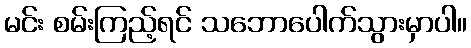
မင်း စမ်းကြည့်ရင် သဘောပေါက်သွားမှာပါ။